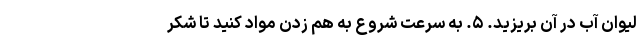
لیوان آب در آن بریزید. ۵. به سرعت شروع به هم زدن مواد کنید تا شکر